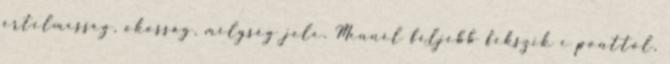
értelmesség, okosság, mélység jele. Mennél feljebb fekszik e ponttól,